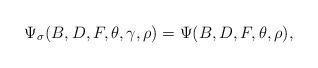
LaTeX: \begin{align*}\Psi_\sigma(B,D,F,\theta,\gamma,\rho)=\Psi(B,D,F,\theta,\rho),\end{align*}